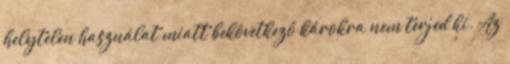
helytelen használat miatt bekövetkező károkra nem terjed ki. Az